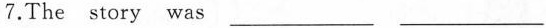
7.The story was ___ ___